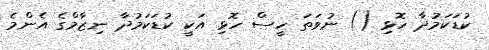
ކުޑަކަމުދާ ހޮޅި () ނުވަތަ ހީސް ހޮޅި އަކީ ކުޑަކަމުދާ ނިޒާމްގެ އެންމެ